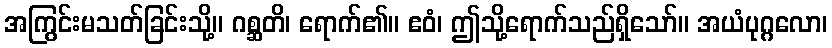
အကြွင်းမသတ်ခြင်းသို့။ ဂစ္ဆတိ၊ ရောက်၏။ ဧဝံ၊ ဤသို့ရောက်သည်ရှိသော်။ အယံပုဂ္ဂလော၊